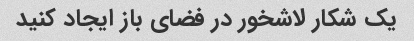
یک شکار لاشخور در فضای باز ایجاد کنید